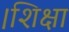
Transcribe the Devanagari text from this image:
।शिक्षा